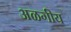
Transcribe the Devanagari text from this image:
अळगीय